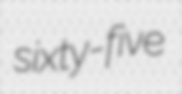
sixty-five